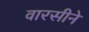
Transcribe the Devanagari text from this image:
वारसीने